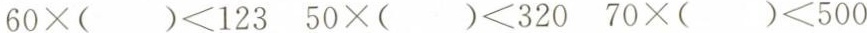
$$6 0 \times ( ) < 1 2 3$$ $$5 0 \times ( ) < 3 2 0$$ $$7 0 \times () < 5 0 0$$